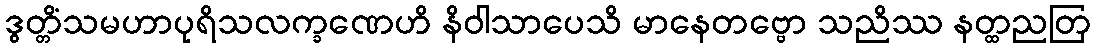
ဒွတ္တိံသမဟာပုရိသလက္ခဏေဟိ နိဝါသာပေသိ မာနေတဗ္ဗော သညိဿ နတ္ထညတြ